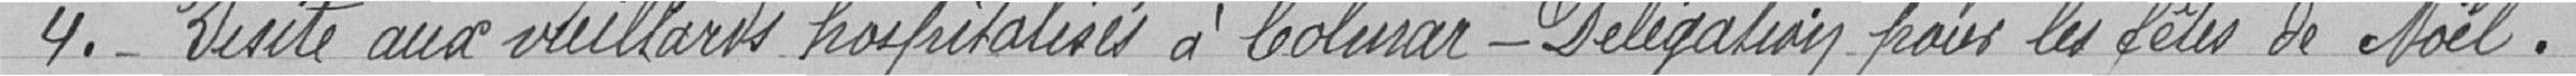
4.- Visite aux vieillards hospitalisés à Colmar - Délégation pour les fêtes de Noël.